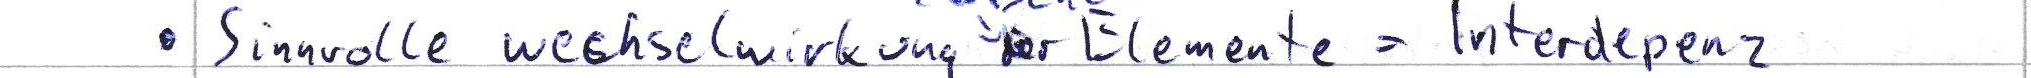
Sinnvolle wechselwirkung der Elemente = Interdepenz